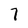
Character: 7